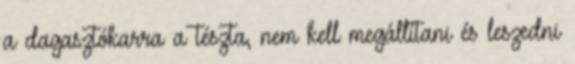
a dagasztókarra a tészta, nem kell megállítani és leszedni